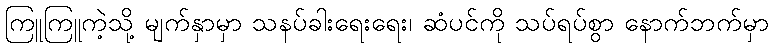
ကြူကြူကဲ့သို့ မျက်နှာမှာ သနပ်ခါးရေးရေး၊ ဆံပင်ကို သပ်ရပ်စွာ နောက်ဘက်မှာ